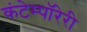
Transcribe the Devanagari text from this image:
कंटेम्पॉरेरी